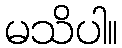
မသိပါ။